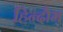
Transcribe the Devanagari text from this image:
हिन्दौम